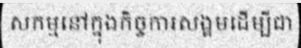
សកម្មនៅក្នុងកិច្ចការសង្គមដើម្បីជា